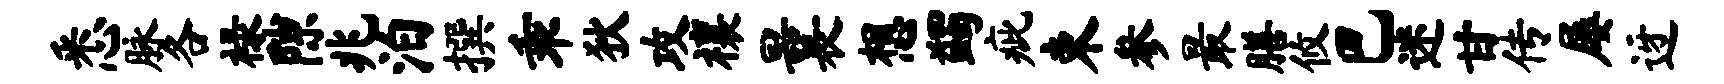
悉脉各禄隙兆泊撰乖狄攻禳曩想蠲疵束参最膳攸巴迷甘传屡迓